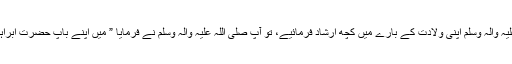
صحابہ نے عرض کیا یارسو ل االلہ صلی اللہ علیہ والہ وسلم اپنی ولادت کے بارے میں کچھ ارشاد فرمائیے، تو آپ صلی اللہ علیہ والہ وسلم نے فرمایا ” میں اپنے باپ حضرت ابراہیمؑ کی دعا اور حضرت عیسیٰ ؑکی بشارت ہوں“۔